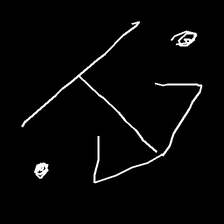
Glyph: earth